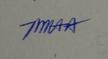
Signature authenticity: genuine